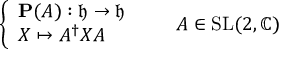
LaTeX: { \left\{ \begin{array} { l l } { \mathbf { P } ( A ) : { \mathfrak { h } } \to { \mathfrak { h } } } \\ { X \mapsto A ^ { \dagger } X A } \end{array} \right. } \qquad A \in \mathrm { S L } ( 2 , \mathbb { C } )